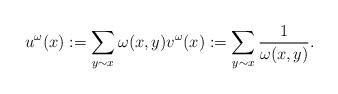
LaTeX: \begin{align*}u^\omega(x) := \sum_{y \sim x}\omega(x, y) v^\omega(x) := \sum_{y \sim x}\frac{1}{\omega(x, y)}.\end{align*}